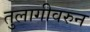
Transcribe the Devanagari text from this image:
तुलागीवरुन